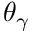
\theta _ { \gamma }